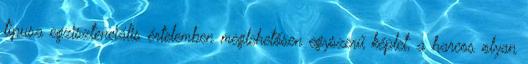
típusa egzisztenciális értelemben meglehetősen egyszerű képlet, a harcos olyan